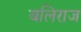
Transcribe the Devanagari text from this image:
बलिराज